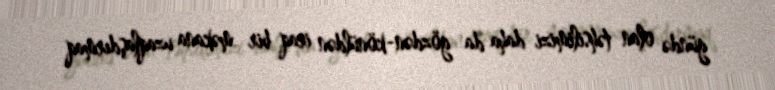
gündə olan təhsilimizi daha da gözdən-könüldən iraq bir məkana uzaqlaşdırmaq